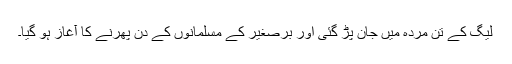
لیگ کے تن مردہ میں جان پڑ گئی اور برّصغیر کے مسلمانوں کے دن پھرنے کا آغاز ہو گیا۔